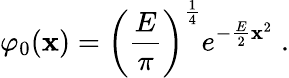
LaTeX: \varphi_{0}(\mathbf{x})=\left(\frac{{E}}{{\pi}}\right)^{\frac{{1}}{{4}}}e^{-\frac{{E}}{{2}}\mathbf{x}^{2}}\; .